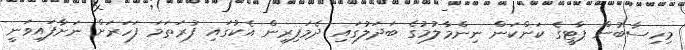
މިހިސާބުން ޕާޓީގެ ކަންކަން ނިންމާލުމުގެ ބަދަލުގައި ދެމަފިރިން އެކުގައި ފުރަތަމަ ފަހަރަށް ނަށާފައިވަނީ